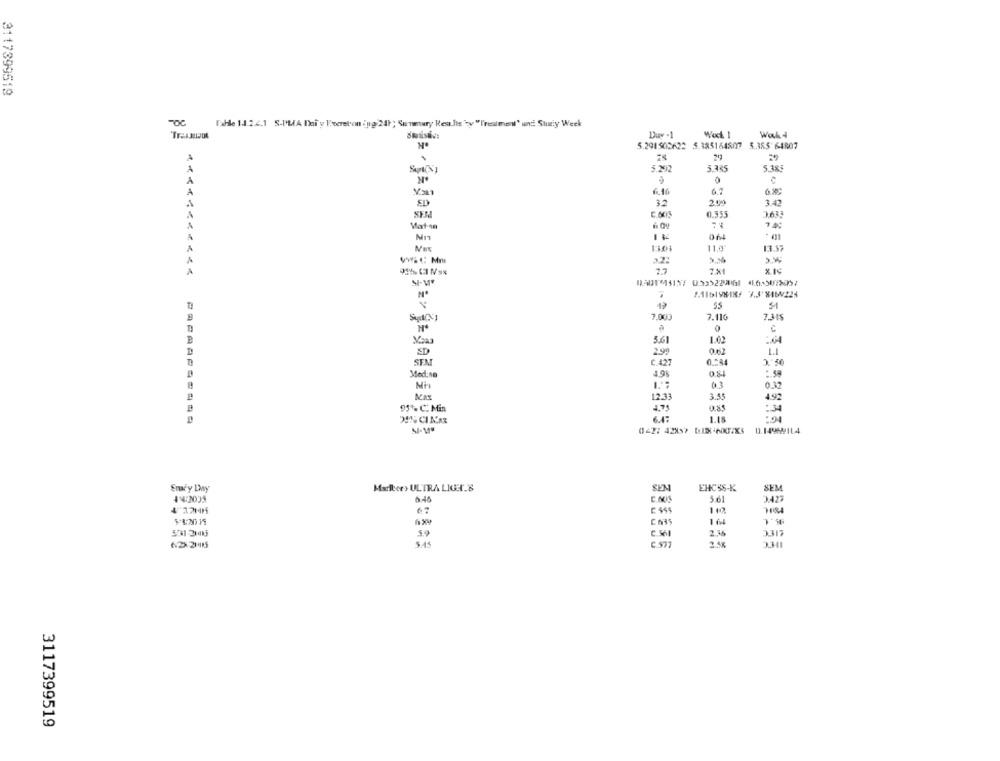
3117399519
FOC
Tahle 14.2.4.1 S-PLA Dai y locreton ing 211 ; Summary Realis by "['realment" und Sturiy Week
Duw -1
Wod 1
Wal 4
5.291505622 5.385164507 5.385 64807
A
A
5.385
5.385
5.292
A
A
65
ED
3.2
3.43
0.955
Mat-on
A
064
11,0'
13.37
A
32:
A
7.7
7%1
SI
7.000
7.116
7.315
0
Ma
5.61
1.02
SD
2.99
LI
SEM
C.427
x 50
Med.so
4.9%
032
Max
12.33
3.55
49
95% C: Min
4.75
6.4:
1.15
042: 42857 DUX-AKTIES
0.14964/114
Markces ULTRA LIGHT.B
SEN
EHCSS-K
SEM
Smcy Day
44:2035
5 61
3.423
67
C 444
112
CAIS
164
5.9
2.36
$.44
C.577
2.48
3117399519